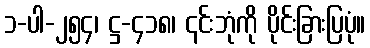
၁-ပါ-၂၅၄၊ ဋ္ဌ-၄၁၈၊ ၎င်းဘုံကို ပိုင်းခြားပြပုံ။